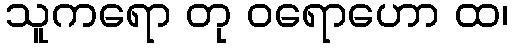
သူကရော တု ဝရောဟော ထ၊